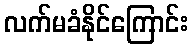
လက်မခံနိုင်ကြောင်း